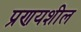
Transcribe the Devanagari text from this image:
प्रणयशील